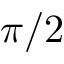
\pi / 2